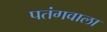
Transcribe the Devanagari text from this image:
पतंगवाला